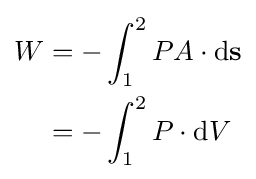
{\begin{aligned}W&=-\int _{1}^{2}PA\cdot \mathrm {d} \mathbf {s} \\&=-\int _{1}^{2}P\cdot \mathrm {d} V\end{aligned}}